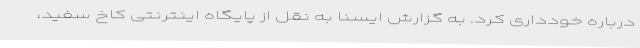
درباره خودداری کرد. به گزارش ایسنا به نقل از پایگاه اینترنتی کاخ سفید،